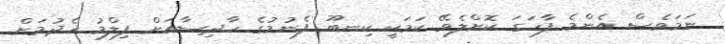
ނަމަވެސް އެންމެ ފާހަގަ ކޮށްލެވޭ ކަމަކީ ކިނބޫ ފެނުމުގެ ހާދިސާއަށް ފިލްމު ހެދުމަށް